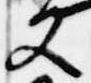
又